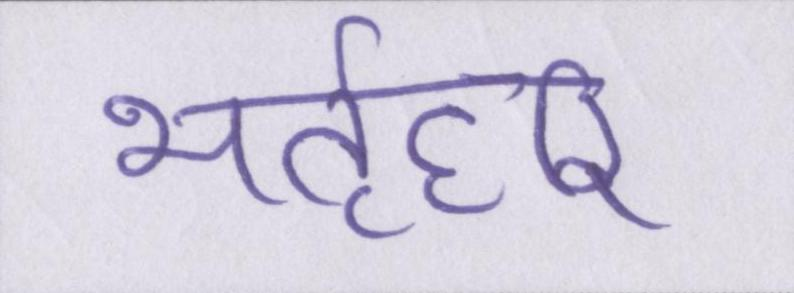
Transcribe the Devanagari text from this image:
भर्तृहरि